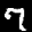
Label: 7